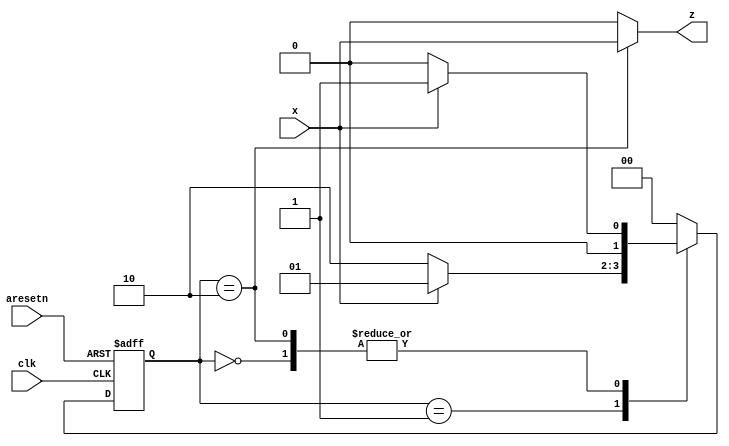
module top_module (
    input clk,
    input aresetn,    // Asynchronous active-low reset
    input x,
    output z ); 
    
    parameter IDLE = 2'd0, A = 2'd1, B = 2'd2;
    reg [1:0] state, next_state;

    //asynchronous active-low reset and state_logic
    always@(posedge clk or negedge aresetn)
        begin
            if(!aresetn)
                state <= IDLE;
            else
                state <= next_state;
        end
    
    //next_state logic
    always@(state,x)
        begin
            case(state)
                IDLE: next_state = x ? A : IDLE;
                A: next_state = x ? A :B;
                B: next_state = x ? A : IDLE;
                default next_state = IDLE;
            endcase
        end
    
    //output
    always@(state,x)
        begin
            case(state)
                IDLE: z = 1'b0;
                A: z = 1'b0;
                B: z = x;
                default z = 1'b0;
            endcase
        end
    
endmodule